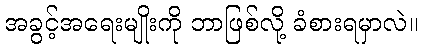
အခွင့်အရေးမျိုးကို ဘာဖြစ်လို့ ခံစားရမှာလဲ။